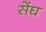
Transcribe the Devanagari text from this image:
सेंघ